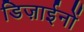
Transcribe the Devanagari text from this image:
डिज़ाईनों